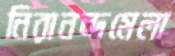
নিরানন্দমেলা